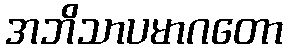
အဘိသာပမာဂတော